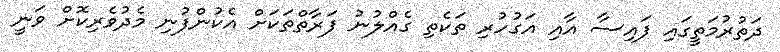
ދަތުރުމަތީގައި ފައިސާ އާއި އަގުހުރި ތަކެތި ގެއްލުނު ފަރާތްތަކަށް އެކުންފުނި މެދުވެރިކޮށް ވަނީ